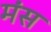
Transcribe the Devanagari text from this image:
मंस